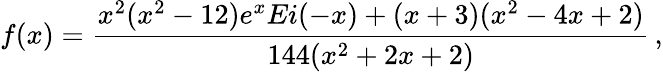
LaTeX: f(x)=\frac{x^{2}(x^{2}-12)e^{x}Ei(-x)+(x+3)(x^{2}-4x+2)}{144(x^{2}+2x+2)}\, ,